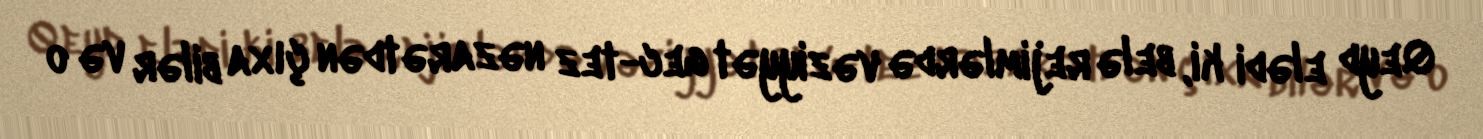
Qeyd elədi ki, belə rejimlərdə vəziyyət gec-tez nəzarətdən çıxa bilər və o